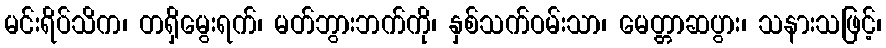
မင်းရိပ်သိက၊ တရှိမွေးရက်၊ မတ်ဘွားဘက်ကို၊ နှစ်သက်ဝမ်းသာ၊ မေတ္တာဆပွား၊ သနားသဖြင့်၊